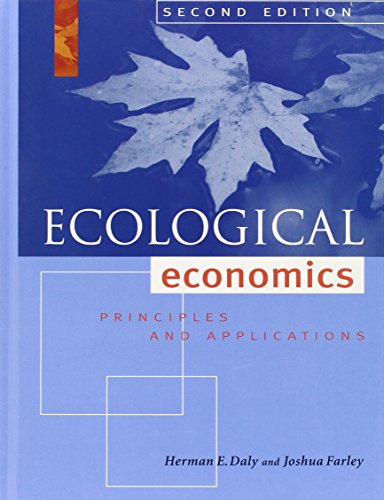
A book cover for Ecological Economics, Second Edition: Principles and Applications; Herman E. Daly; Business & Money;